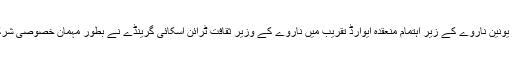
پاکستان یونین ناروے کے زیر اہتمام منعقدہ ایوارڈ تقریب میں ناروے کے وزیر ثقافت ٹرائن اسکائی گرینڈے نے بطور مہمان خصوصی شرکت کی۔